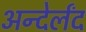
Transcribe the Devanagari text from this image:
अन्देर्लंद